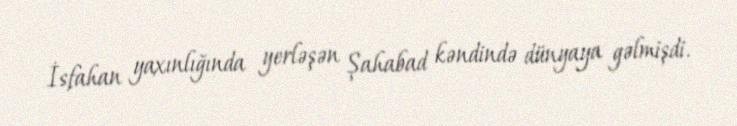
İsfahan yaxınlığında yerləşən Şahabad kəndində dünyaya gəlmişdi.